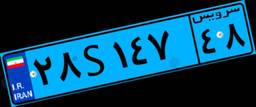
۶۲S۹۲۷۴۳